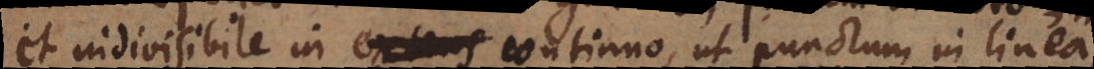
et indivisibile in extens continuo, ut punctum in linea,